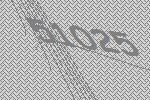
51025